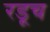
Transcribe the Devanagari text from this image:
रडूच